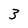
Character: 3